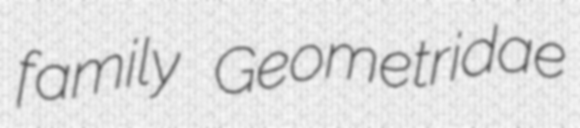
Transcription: family Geometridae